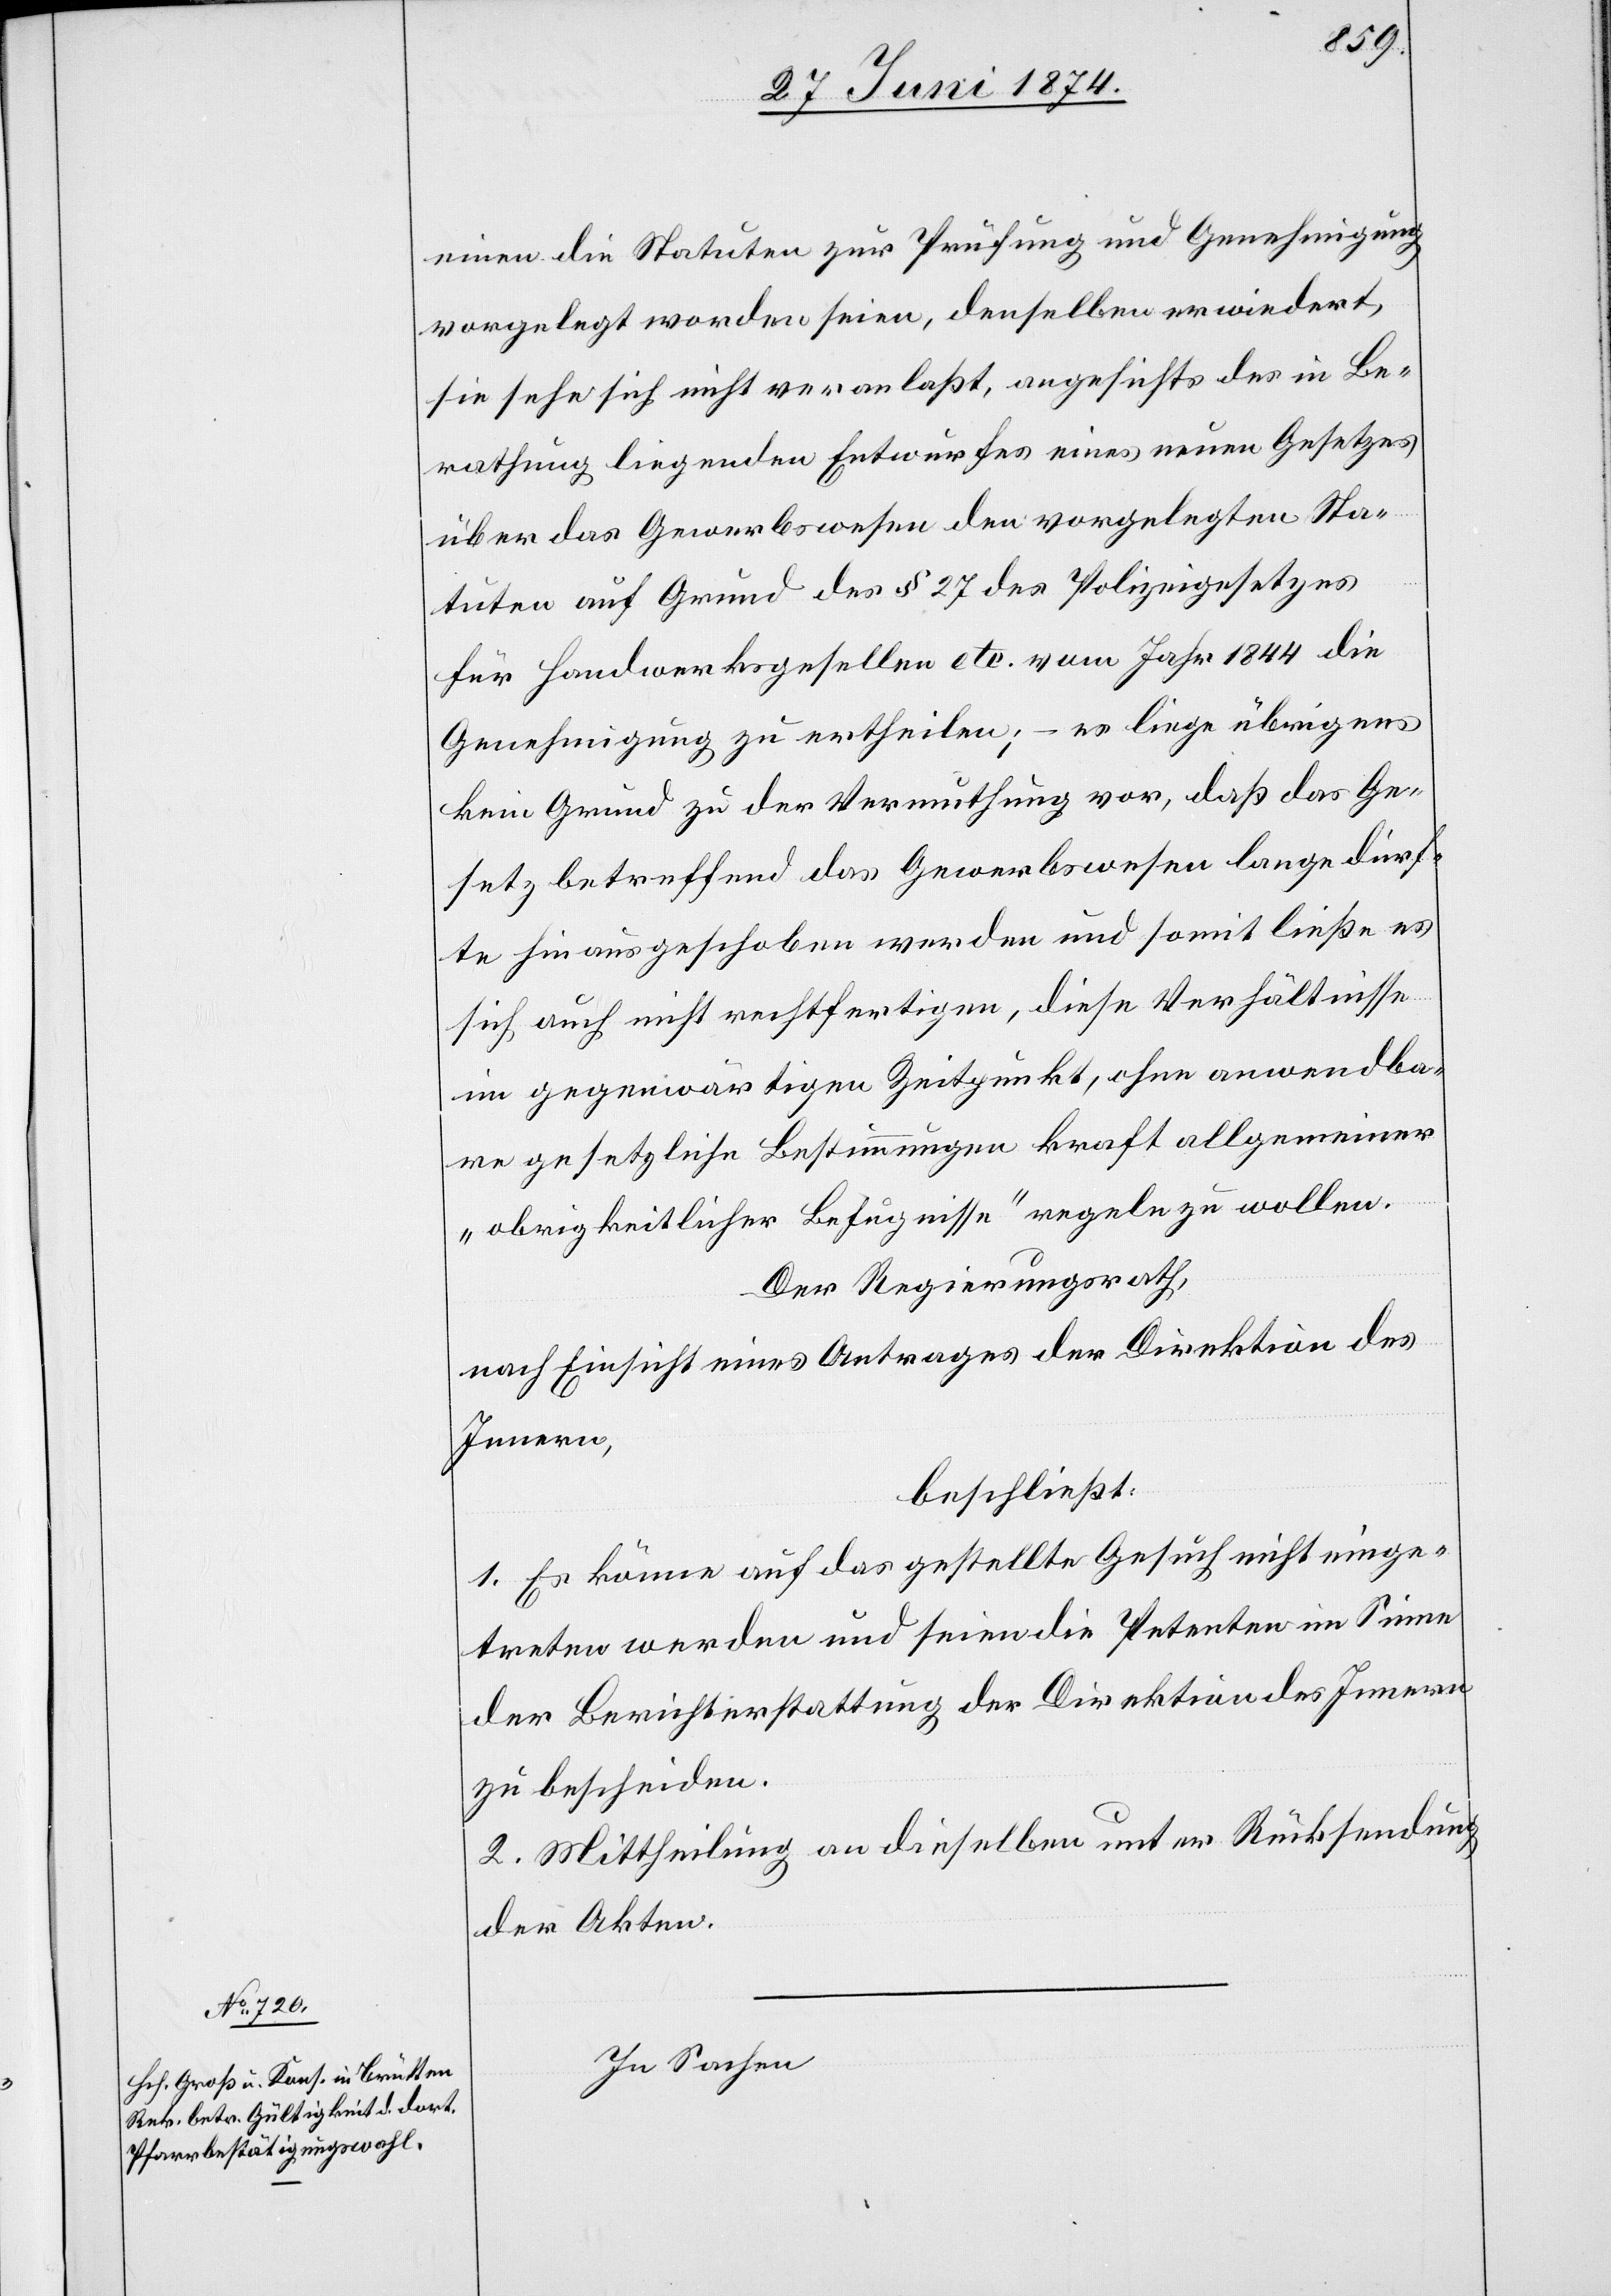
einen die Statuten zur Prüfung und Genehmigung
vorgelegt worden seien, denselben erwiedert,
sie sehe sich nicht veranlaßt, angesichts des in Be¬
rathung liegenden Entwurfes eines neuen Gesetzes
über das Gewerbswesen den vorgelegten Sta¬
tuten auf Grund des § 27 des Polizeigesetzes
für Handwerksgesellen etc. vom Jahr 1844 die
Genehmigung zu ertheilen; – es liege übrigens
kein Grund zu der Vermuthung vor, daß das Ge¬
setz betreffend das Gewerbswesen lange dürf¬
te hinausgeschoben werden und somit ließe es
sich auch nicht rechtfertigen, diese Verhältnisse
im gegenwärtigen Zeitpunkt, ohne anwendba¬
re gesetzliche Bestimmungen kraft allgemeiner
„obrigkeitlicher Befugnisse“ regeln zu wollen.
Der Regierungsrath,
nach Einsicht eines Antrages der Direktion des
Innern,
beschließt:
1. Es könne auf das gestellte Gesuch nicht einge¬
treten werden und seien die Petenten im Sinne
der Berichterstattung der Direktion des Innern
zu bescheiden.
2. Mittheilung an dieselben unter Rücksendung
der Akten.
In Sachen